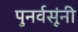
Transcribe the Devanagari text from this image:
पुनर्वसूंनी